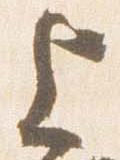
上